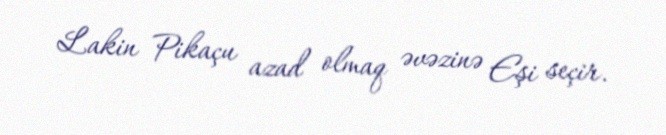
Lakin Pikaçu azad olmaq əvəzinə Eşi seçir.